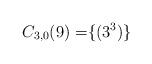
LaTeX: \begin{align*}C_{3,0}(9) =&\{(3^3)\}\end{align*}